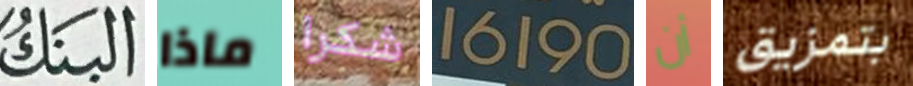
البنك ماذا شكرا 16190 أن بتمزيق